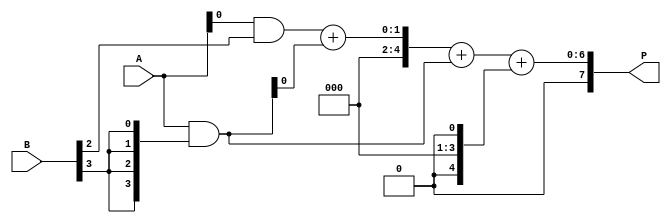
module dadda_multiplier #(parameter N = 4) (
    input [N-1:0] A,          // Multiplicand
    input [N-1:0] B,          // Multiplier
    output reg [2*N-1:0] P    // Product
);

// Partial product generation
wire [N-1:0] pp [0:N-1]; // Partial products
genvar i, j;
generate
    for (i = 0; i < N; i = i + 1) begin : partial_products
        assign pp[i] = A & {N{B[i]}};
    end
endgenerate

// Reduction tree
wire [N:0] sum [0:N-1]; // Sums from adders
wire [N:0] carry [0:N-1]; // Carries from adders

// Stage 1: First reduction stage
generate
    for (i = 0; i < N-1; i = i + 1) begin : stage1
        if (i % 2 == 0) begin
            assign {carry[i], sum[i]} = pp[i][0] + pp[i+1][0]; // Half adder
        end else begin
            assign {carry[i], sum[i]} = pp[i][0] + pp[i+1][0] + carry[i-1]; // Full adder
        end
    end
endgenerate

// Stage 2: Second reduction stage
generate
    for (i = 0; i < N-1; i = i + 2) begin : stage2
        assign {carry[N+i/2], sum[N+i/2]} = sum[i][0] + sum[i+1][0] + carry[i]; // Full adder
    end
endgenerate

// Final addition
wire [2*N-1:0] final_sum;
assign final_sum = {1'b0, sum[N/2]} + {1'b0, pp[N-1]} + {carry[N-1], 1'b0};

// Output assignment
always @(*) begin
    P = final_sum;
end

endmodule